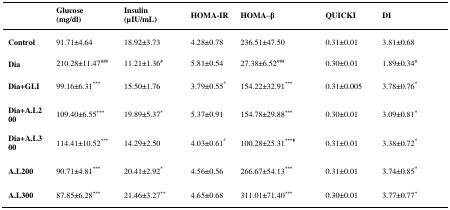
|  | Glucose(mg/dl) | Insulin(μIU/mL) | HOMA-IR | HOMA–β | QUICKI | DI |
 | --- | --- | --- | --- | --- | --- | --- |
 | Control | 91.71±4.64 | 18.92±3.73 | 4.28±0.78 | 236.51±47.50 | 0.31±0.01 | 3.81±0.68 |
 | Dia | 210.28±11.47### | 11.21±1.36# | 5.81±0.54 | 27.38±6.52### | 0.30±0.01 | 1.89±0.34# |
 | Dia+GLI | 99.16±6.31*** | 15.50±1.76 | 3.79±0.55* | 154.22±32.91*** | 0.31±0.005 | 3.78±0.76* |
 | Dia+A.L200 | 109.40±6.55*** | 19.89±5.37* | 5.37±0.91 | 154.78±29.88*** | 0.30±0.01 | 3.09±0.81* |
 | Dia+A.L300 | 114.41±10.52*** | 14.29±2.50 | 4.03±0.61* | 100.28±25.31***# | 0.31±0.01 | 3.38±0.72* |
 | A.L200 | 90.71±4.81*** | 20.41±2.92* | 4.56±0.56 | 266.67±54.13*** | 0.31±0.01 | 3.74±0.85* |
 | A.L300 | 87.85±6.28*** | 21.46±3.27** | 4.65±0.68 | 311.01±71.40*** | 0.30±0.01 | 3.77±0.77* |